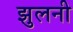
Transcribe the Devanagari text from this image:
झुलनी